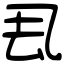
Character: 厾